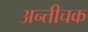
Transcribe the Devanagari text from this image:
अन्तीचक